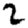
Digit: 2